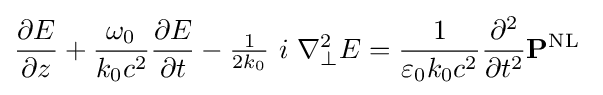
{\frac {\partial E}{\partial z}}+{\frac {\;\omega _{0}\ }{k_{0}c^{2}}}{\frac {\partial E}{\partial t}}-{\tfrac {1}{2k_{0}}}\ i\ \nabla _{\perp }^{2}E={\frac {1}{\varepsilon _{0}k_{0}c^{2}}}{\frac {\partial ^{2}}{\partial t^{2}}}\mathbf {P} ^{\text{NL}}~